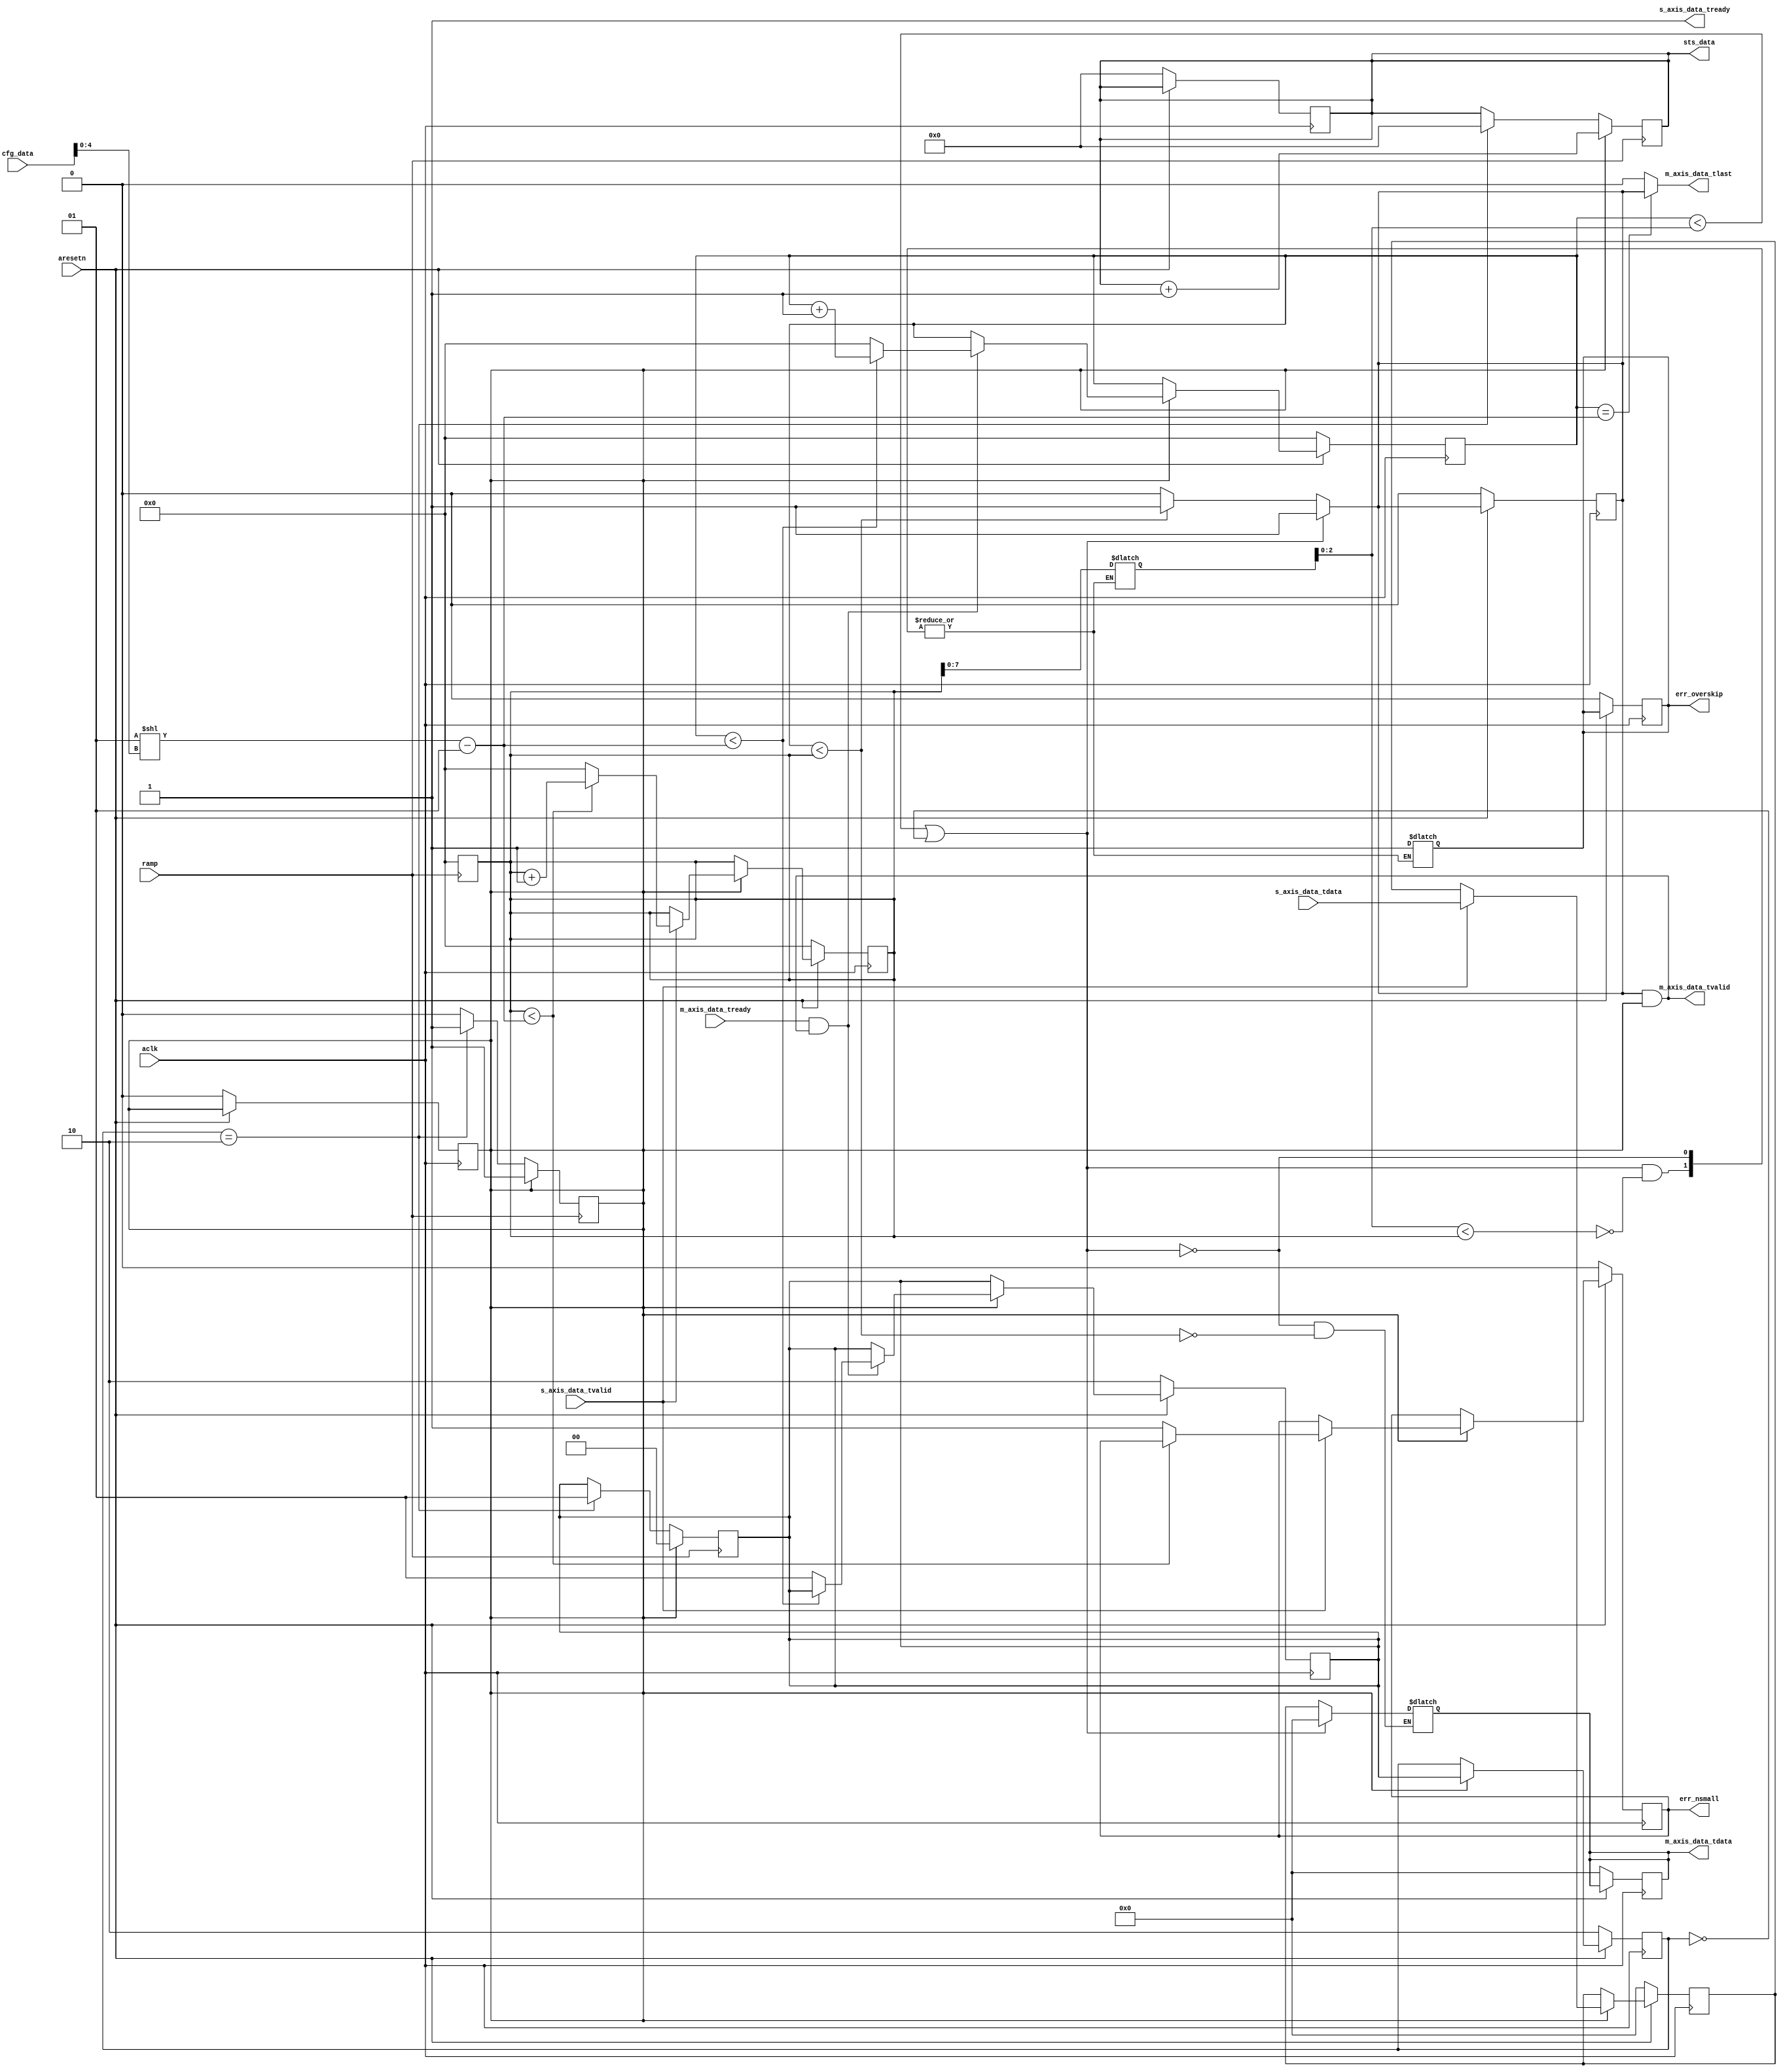
`timescale 1 ns / 1 ps;

//////////////////////////////////////////////////////////////////////////////////
// Company: UCL
// 
// Design Name: fmcw
// Module Name: axis_fmcw_window
// Project Name: fmcw
// Target Devices: RedPitaya, zynq-z010
// Tool Versions: Vivado 2016.4
// Description: Frames and zero-pads the DDC'd data for the Xilinx FFT core.
// 
// Dependencies: 
// 
// Revision:
// Revision 0.01 - File Created
// Additional Comments:
// 
//////////////////////////////////////////////////////////////////////////////////

module axis_fmcw_window #
(
    parameter integer AXIS_TDATA_WIDTH = 32,
    parameter integer STS_SN_SIZE = 10
)
(
    // System signals
    input wire                          aclk,
    input wire                          aresetn,
    output wire                         err_nsmall,
    output wire                         err_overskip,
    
    // Configuration: Transform window size, Chirp beginning skip
    //  size = 1 << cfg_data[4:0] 
    //  skip = cfg_data[7:5]
    input wire [7:0]                    cfg_data,

    // Status register: 10-bit seqno of current ramp
    output wire [STS_SN_SIZE-1:0]                  sts_data,
    
    // Ramp signal
    input wire                          ramp,

    // AXIS Slave
    input wire [AXIS_TDATA_WIDTH-1:0]   s_axis_data_tdata,
    input wire                          s_axis_data_tvalid,
    output wire                         s_axis_data_tready,

    // AXIS Master
    output wire [AXIS_TDATA_WIDTH-1:0]  m_axis_data_tdata,
    output wire                         m_axis_data_tvalid,
    output wire                         m_axis_data_tlast,
    input wire                          m_axis_data_tready
);

reg [1:0] state, state_next;
localparam ZERO = 2'd0, NORMAL = 2'd1, WAIT = 2'd2;

reg [AXIS_TDATA_WIDTH-1:0] in_data, out_data;
reg [11:0] in_seqno, out_seqno;
reg out_valid;

reg en;
reg err_nsmall_reg;
reg err_overskip_reg;
reg [11:0] max;
reg [7:0] skip;
reg [STS_SN_SIZE-1:0] ramp_seqno;

assign err_nsmall = err_nsmall_reg;
assign err_overskip = err_overskip_reg;

assign s_axis_data_tready = 1;

assign m_axis_data_tdata = out_data;
assign m_axis_data_tvalid = (out_valid & en);
assign m_axis_data_tlast = (out_seqno == max) ? out_valid : 0;

assign sts_data = {6'd0, ramp_seqno};

// cfg_data latch
always @(cfg_data) begin
    max <= (1 << cfg_data[4:0]) - 1;
    skip <= cfg_data[7:5];
end

// Sequential logic
always @(posedge aclk) begin
    if (~aresetn) begin
        //system
        en <= 0;
        err_nsmall_reg <= 0;
        err_overskip_reg <= 0;
        state <= WAIT;
        state_next <= WAIT;

        //in
        in_data <= {(AXIS_TDATA_WIDTH){1'b0}};
        in_seqno <= 12'b0;

        //out
        out_data <= {(AXIS_TDATA_WIDTH){1'b0}};
        out_seqno <= 12'b0;
        out_valid <= 0;

        ramp_seqno <= 0;
    end
    else if (en) begin
        // Update reg
        state <= state_next;

        if (s_axis_data_tvalid) begin
            in_data <= s_axis_data_tdata;
            if (in_seqno < max) begin
                in_seqno <= in_seqno + 1;
            end
            else begin
                in_seqno <= 0;
                err_nsmall_reg <= 1;
            end
        end

        if (m_axis_data_tready && m_axis_data_tvalid) begin
            if (out_seqno < max) begin
                out_seqno <= out_seqno + 1;
            end
            else begin
                out_seqno <= 0;
                state_next <= NORMAL;
            end
        end
    end
end

always @(in_data, in_seqno, out_seqno, state) begin
    if (out_seqno < skip || state == ZERO) begin
        out_data <= {(AXIS_TDATA_WIDTH){1'b0}};
        out_valid <= 1;
        if (skip < in_seqno) begin
            skip <= in_seqno;
            err_overskip_reg <= 1;
        end
    end
    else if (out_seqno < in_seqno) begin
        out_data <= in_data;
        out_valid <= 1;
    end
    else begin
        out_valid <= 0;
    end
end

always @(posedge ramp) begin
    if (en) begin
        state_next <= ZERO;
        ramp_seqno <= ramp_seqno + 1;
    end
    else if (state == WAIT) begin
        en <= 1;
        state_next <= NORMAL;
        ramp_seqno <= 0;
    end
    in_seqno <= 0;
end


endmodule